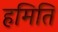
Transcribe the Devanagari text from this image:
हमिति